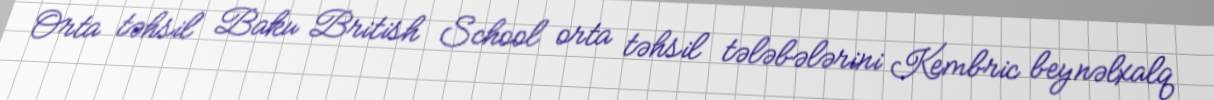
Orta təhsil Baku British School orta təhsil tələbələrini Kembric beynəlxalq